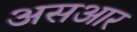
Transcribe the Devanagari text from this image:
असआर